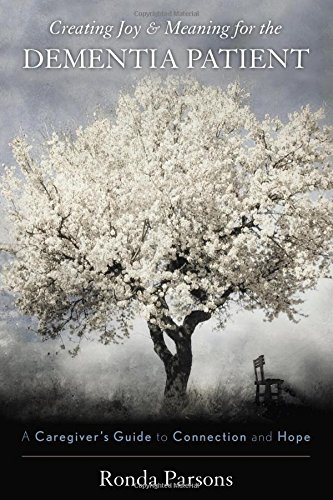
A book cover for Creating Joy and Meaning for the Dementia Patient: A Caregiver's Guide to Connection and Hope; Ronda Parsons; Health, Fitness & Dieting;